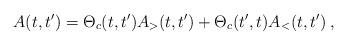
LaTeX: \begin{align*}A(t,t') = \Theta_{c}(t,t') A_{>}(t,t') + \Theta_{c}(t',t) A_{<}(t,t') \>,\end{align*}